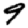
Digit: 9